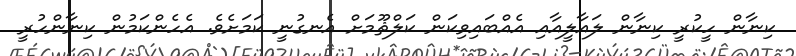
ކިނާން ހީކުރީ ކިނާން ލައާލީއާއި އެއްބައިވިކަން ކަލްޘޫމަށް އެނގުނީ ކަމަށެވެ. އެހެންކަމުން ކިނާންހުރީ